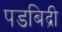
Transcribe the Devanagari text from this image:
पडबिद्री